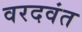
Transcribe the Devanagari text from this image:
वरदवंत